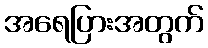
အရေပြားအတွက်